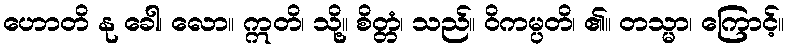
ဟောတိ နု ခေါ၊ လော။ ဣတိ၊ သို့။ စိတ္တံ၊ သည်။ ဝိကမ္ပတိ၊ ၏။ တသ္မာ၊ ကြောင့်။